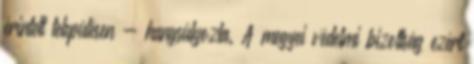
érintett településen - hangsúlyozta. A megyei védelmi bizottság ezért